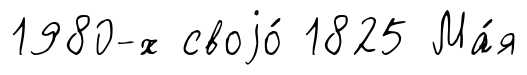
1980-х своjо́ 1825 Ма́я